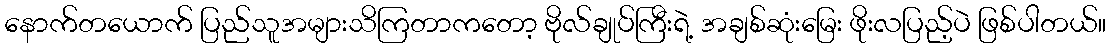
နောက်တယောက် ပြည်သူအများသိကြတာကတော့ ဗိုလ်ချုပ်ကြီးရဲ့ အချစ်ဆုံးမြေး ဖိုးလပြည့်ပဲ ဖြစ်ပါတယ်။